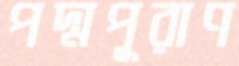
পদ্মপূরাণ